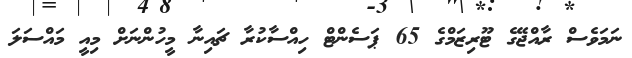
ނަމަވެސް ރާއްޖޭގެ ޓޫރިޒަމްގެ 65 ޕަސެންޓް ހިއްސާކުރާ ޗައިނާ މީހުންނަށް މިއީ މައްސަލަ